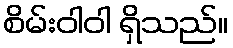
စိမ်းဝါဝါ ရှိသည်။